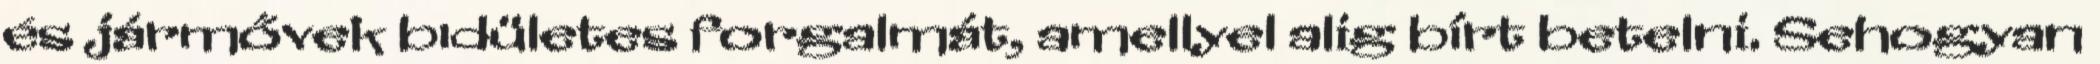
és jármővek bıdületes forgalmát, amellyel alig bírt betelni. Sehogyan